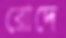
রোদে